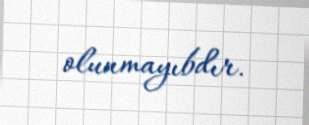
olunmayıbdır.